Jaan_Tonisson_(Lasteleht), lk 122
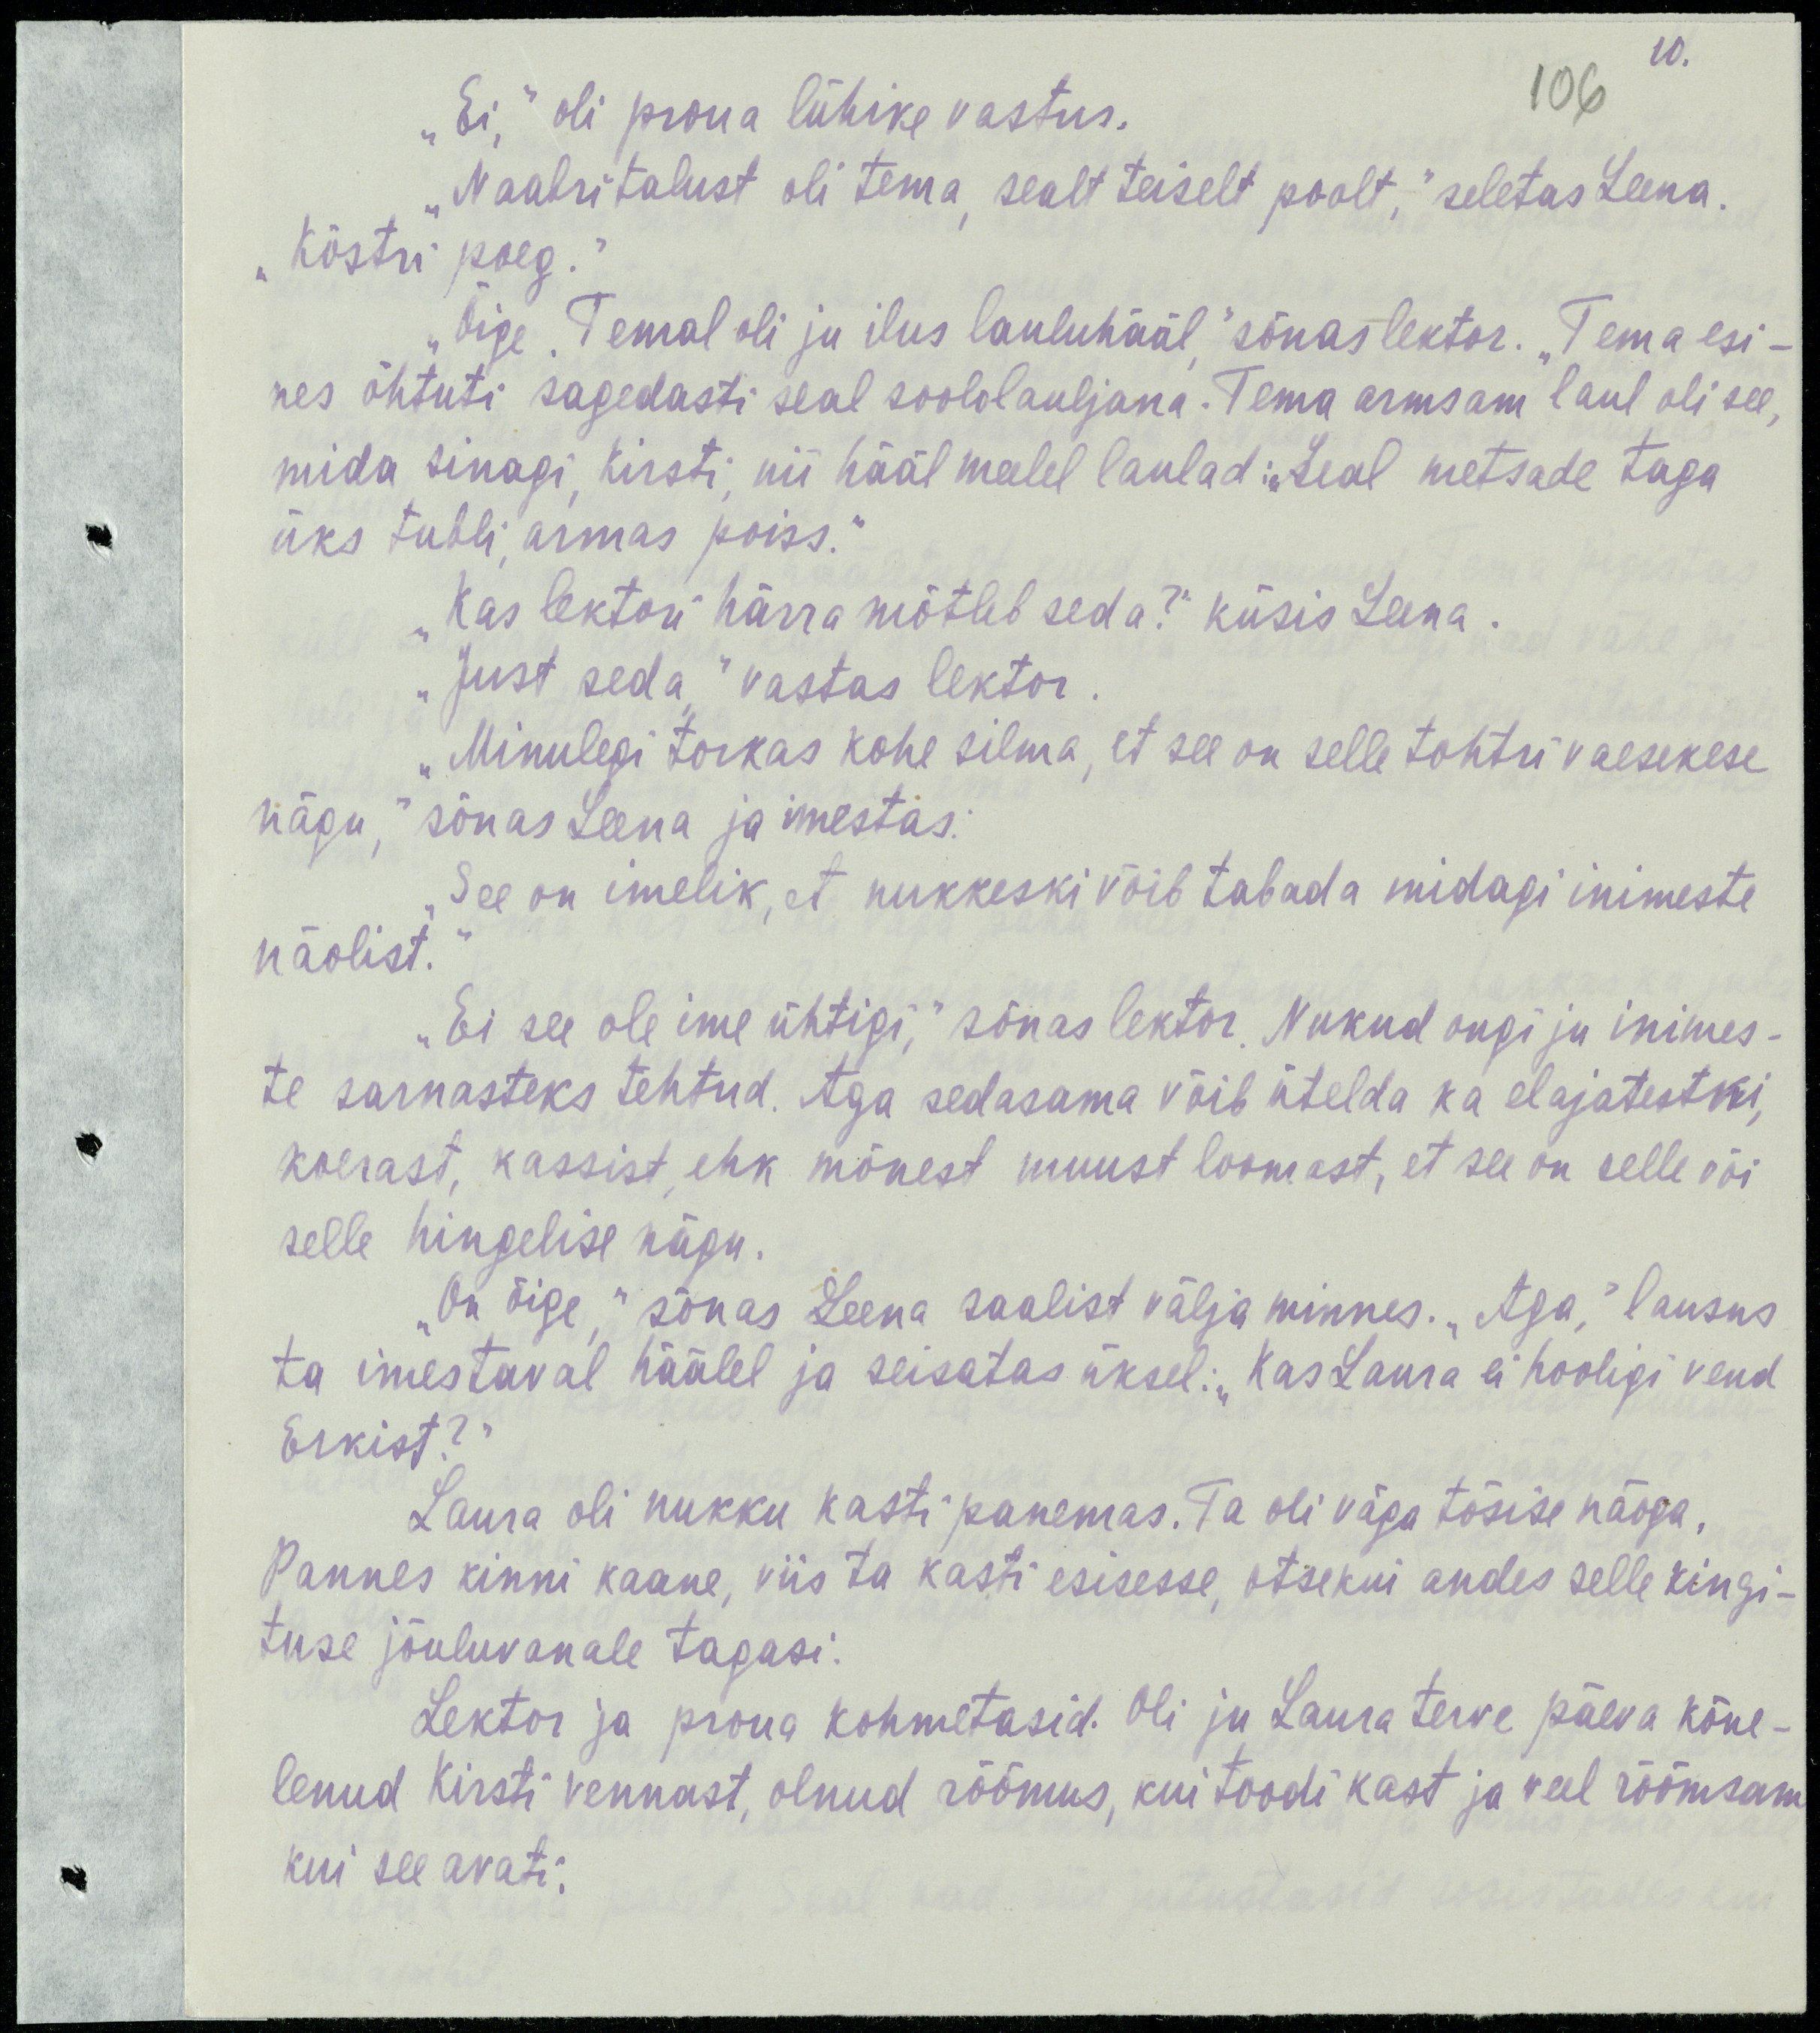
10.
106
„Ei,“ oli proua lühike vastus.
„Naabritalust oli tema, sealt teiselt poolt,“ seletas Leena
„Köstri poeg.“
„Õige. Temal oli ju ilus lauluhääl,“ sõnas lektor. „Tema esi-
nes õhtuti sagedasti seal soololauljana. Tema armsam laul oli see,
mida sinagi, Kirsti, nii hääl meelel laulad: „Seal metsade taga
üks tubli, armas poiss.“
„Kas lektori härra mõtleb seda?“ küsis Leena.
„Just seda,“ vastas lektor.
„Minulegi torkas kohe silma, et see on selle tohtri vaesekese
nägu,“ sõnas Leena ja imestas:
„See on imelik, et nukkeski võib tabada midagi inimeste
näolist.“
„Ei ole see ime ühtigi,“ sõnas lektor. Nukud ongi ju inimes-
te sarnasteks tehtud. Aga sedasama võib ütelda ka elajatestki,
koerast, kassist, ehk mõnest muust loomast, et see on selle või
selle hingelise nägu.
„On õige,“ sõnas Leena saalist välja minnes. „Aga,“ lausus
ta imestaval häälel ja seisatas üksel: „Kas Laura ei hooligi vend
Erkist?“
Laura oli nukku kasti panemas. Ta oli väga tõsise näoga.
Pannes kinni kaane, viis ta kasti esisesse, otsekui andes selle kingi-
tuse jõuluvanale tagasi.
Lektor ja proua kohmetasid. Oli ju Laura terve päeva kõne-
lenud Kirsti vennast, olnud rõõmus, kui toodi kast ja veel rõõmsam
kui see avati.